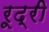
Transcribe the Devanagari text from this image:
रूद्री